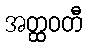
အတ္ထဝတီ